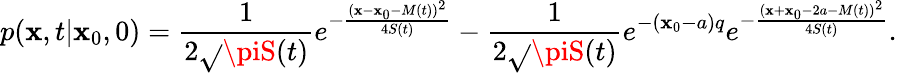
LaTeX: p(\mathbf{x},t|\mathbf{x}_{0},0)=\frac{{1}}{{2\sqrt{}{{\piS(t)}}}}e^{-\frac{{(\mathbf{x}-\mathbf{x}_{0}-M(t))^{2}}}{{4S(t)}}}-\frac{{1}}{{2\sqrt{}{{\piS(t)}}}}e^{-(\mathbf{x}_{0}-a)q}e^{-\frac{{(\mathbf{x}+\mathbf{x}_{0}-2a-M(t))^{2}}}{{4S(t)}}}.